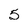
Character: 5